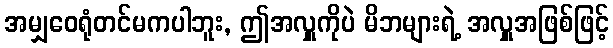
အမျှဝေရုံတင်မကပါဘူး, ဤအလှူကိုပဲ မိဘများရဲ့ အလှူအဖြစ်ဖြင့်